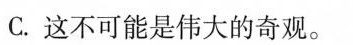
C.这不可能是伟大的奇观。